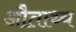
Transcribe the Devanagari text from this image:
औताथ्य